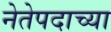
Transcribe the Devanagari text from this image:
नेतेपदाच्या